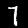
Digit: 7